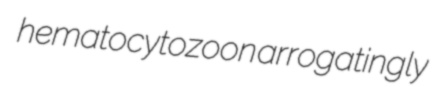
hematocytozoon arrogatingly